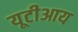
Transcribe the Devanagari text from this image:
यूटीआय